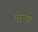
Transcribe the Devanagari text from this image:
यूरेन्स